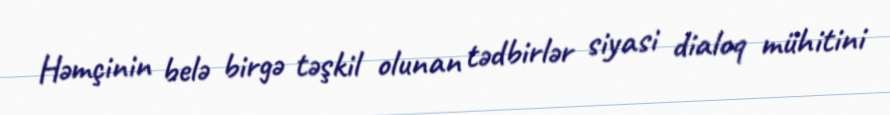
Həmçinin belə birgə təşkil olunan tədbirlər siyasi dialoq mühitini